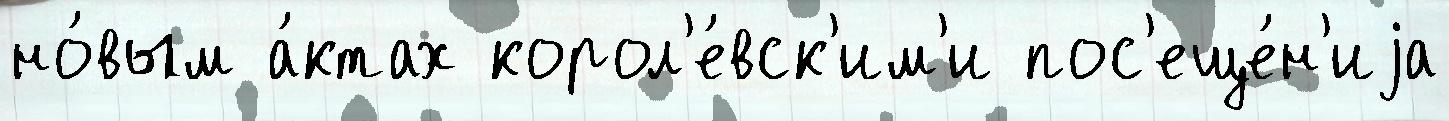
но́вым а́ктах корол'е́вск'им'и пос'еще́н'иjа